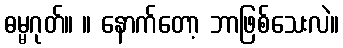
ဓမ္မဂုတ်။ ။ နောက်တော့ ဘာဖြစ်သေးလဲ။